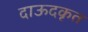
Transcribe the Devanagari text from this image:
दाऊदकृत